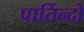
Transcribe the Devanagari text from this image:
पार्तिन्दो